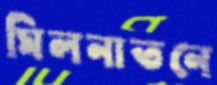
মিলনাতনে